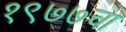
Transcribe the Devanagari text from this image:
१९७७चा